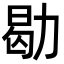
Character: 㔠